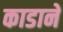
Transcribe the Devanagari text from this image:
काडाने